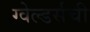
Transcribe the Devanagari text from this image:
ग्वेल्डर्सची